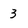
Character: 3